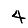
Digit: 4